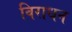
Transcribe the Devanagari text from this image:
विराधन